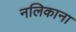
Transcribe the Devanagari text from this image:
नलिकाना